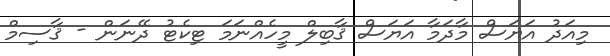
މިއަދު އަޔަސް މާދަމާ އަޔަސް ޤާބިލް މީހެއްނަމަ ޓިކެޓު ދޭނަން - ޤާސިމް